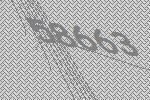
58663